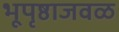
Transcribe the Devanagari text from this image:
भूपृष्ठाजवळ